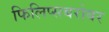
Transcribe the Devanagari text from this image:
फिलिप्सबरोबर